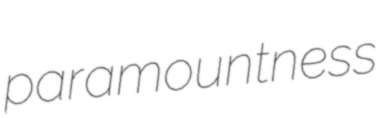
paramountness